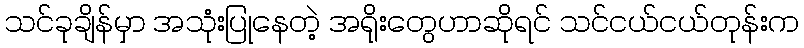
သင်ခုချိန်မှာ အသုံးပြုနေတဲ့ အရိုးတွေဟာဆိုရင် သင်ငယ်ငယ်တုန်းက